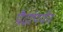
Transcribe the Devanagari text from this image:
प्रौढांपर्यंत